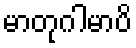
မာတုဂါမာပိ